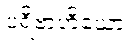
ပရိဗာဟိယော